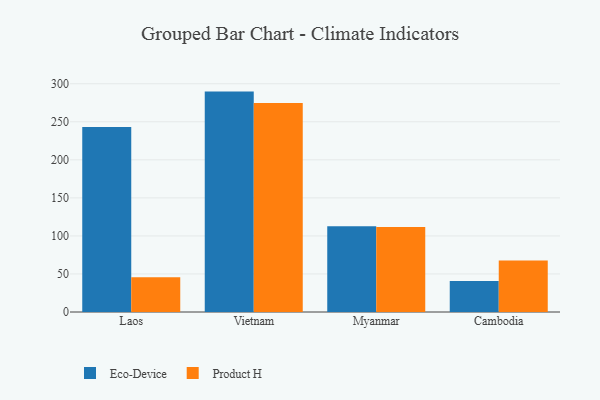
{"axis": {"x": "Country", "y": "Revenue (USD Million)"}, "legend": ["Eco-Device", "Product H"], "data": [{"x": "Laos", "y": 243.2, "type": "Eco-Device"}, {"x": "Laos", "y": 45.6, "type": "Product H"}, {"x": "Vietnam", "y": 289.7, "type": "Eco-Device"}, {"x": "Vietnam", "y": 274.6, "type": "Product H"}, {"x": "Myanmar", "y": 112.6, "type": "Eco-Device"}, {"x": "Myanmar", "y": 111.8, "type": "Product H"}, {"x": "Cambodia", "y": 40.8, "type": "Eco-Device"}, {"x": "Cambodia", "y": 67.7, "type": "Product H"}]}